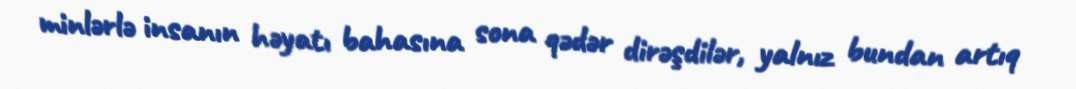
minlərlə insanın həyatı bahasına sona qədər dirəşdilər, yalnız bundan artıq